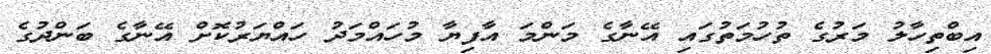
އިބްތިހާލު މަރުގެ ތުހުމަތުގައި އޭނާގެ މަންމަ އާފިޔާ މުހައްމަދު ހައްޔަރުކޮށް އޭނާގެ ބަންދުގެ